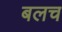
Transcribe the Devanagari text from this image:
बलच